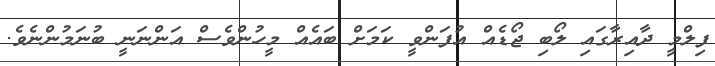
ފިލްމީ ދާއިރާގައި ލޯބި ޖޯޑެއް އުފަންވީ ކަމަށް ބައެއް މީހުންވެސް އަންނަނީ ބުނަމުންނެވެ.